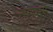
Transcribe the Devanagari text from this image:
नागपुरसे